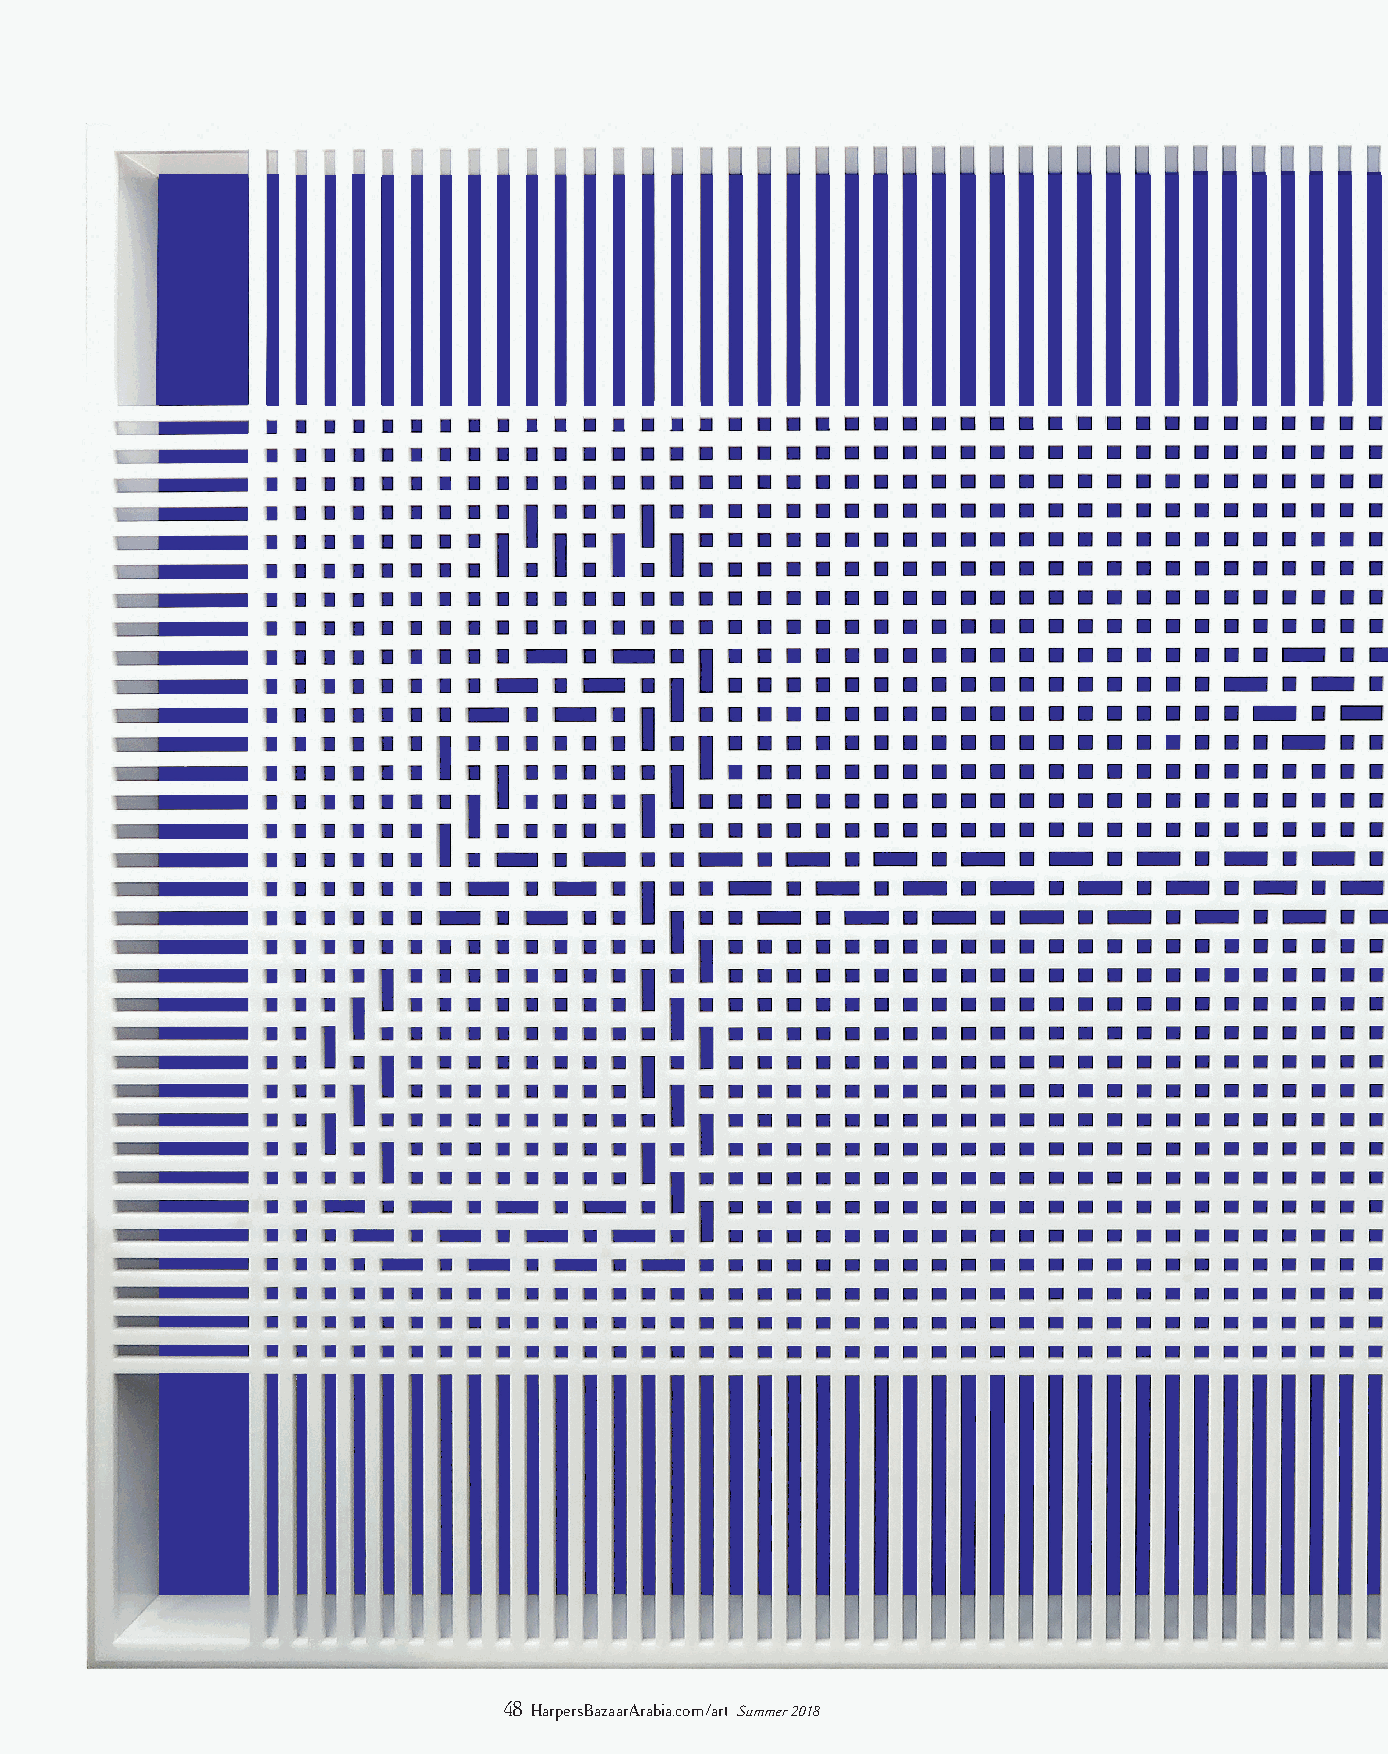
Laccum quam, tecae
 magnimi, t tem dolorei
 umendi duciusc ipissim
 aximagn ihillab iumqui
 rehenduntior re pe aped
 et doluptature vellores em
 dolorei umendi duciusc
 ipissim aximagn ihillab
 iumqui rehenduntior re
 pe aped et doluptature
 vellores
 48 HarpersBazaarArabia.com/art Summer 2018